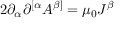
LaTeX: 2 \partial _ { \alpha } \partial ^ { [ \alpha } A ^ { \beta ] } = \mu _ { 0 } J ^ { \beta }